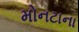
મોનટાના